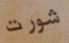
شورت